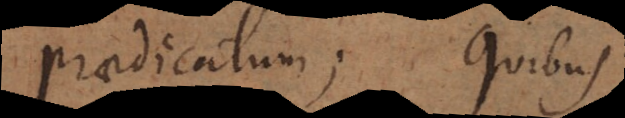
praedicatum; quibus